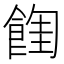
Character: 𩜩